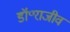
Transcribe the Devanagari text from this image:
डॉ॰राजीव